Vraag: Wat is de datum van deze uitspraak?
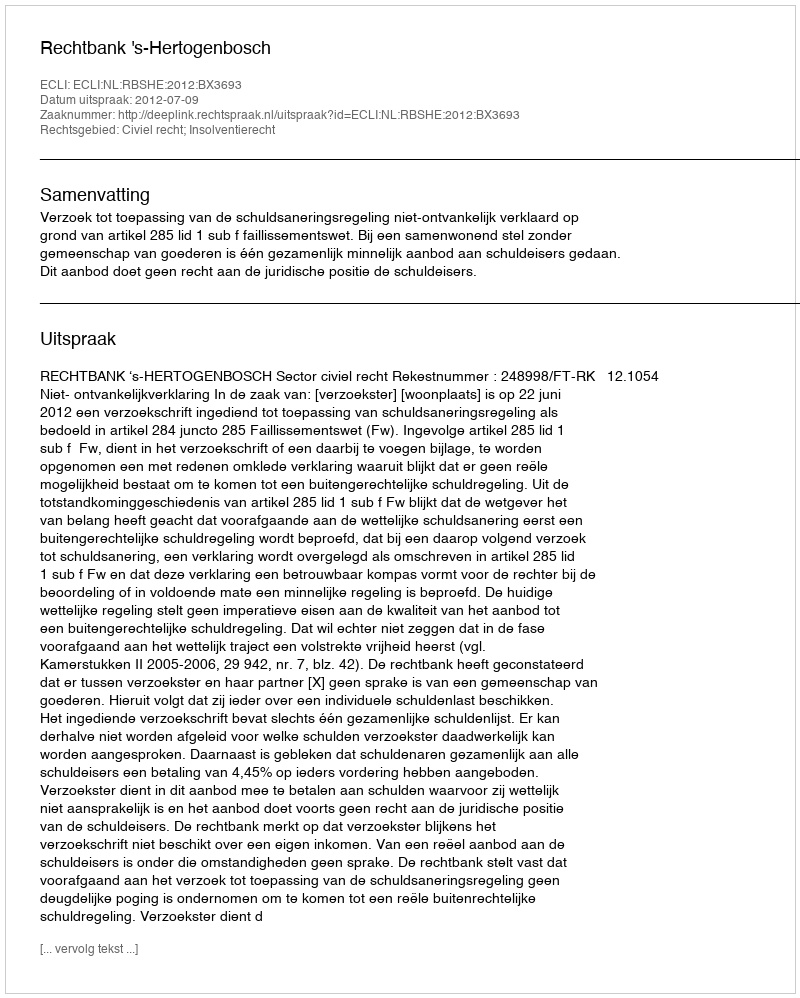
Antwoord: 2012-07-09